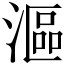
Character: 漚